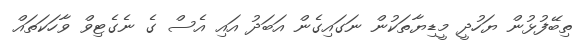
ތިބޭފުޅުން ޔަހުދީ މީޑިޔާތަކުން ނަގައިގެން އަބަދު އައި އެސް ގެ ނެގެޓިވް ވާހަކަތައް